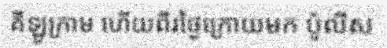
គីឡូក្រាម ហើយពីរថ្ងៃក្រោយមក ប៉ូលីស